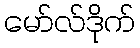
မော်လ်ဒိုက်